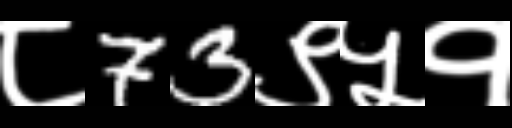
Text: ८73९५१